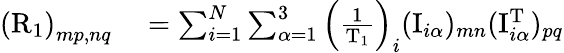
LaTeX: \begin{array}{rl}{\left(\mathrm{R}_{1}\right)_{mp,nq}}&{{}=\sum_{i=1}^{N}\sum_{\alpha=1}^{3}\left(\frac{1}{\mathrm{T}_{1}}\right)_{i}(\mathrm{I}_{i\alpha})_{mn}(\mathrm{I}_{i\alpha}^{\mathrm{T}})_{pq}}\end{array}